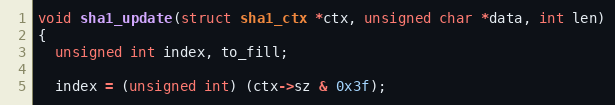
Language: C
void sha1_update(struct sha1_ctx *ctx, unsigned char *data, int len)
{
  unsigned int index, to_fill;

  index = (unsigned int) (ctx->sz & 0x3f);